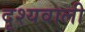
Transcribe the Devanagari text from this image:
दृश्यवाली